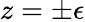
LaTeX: z=\pm\epsilon